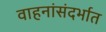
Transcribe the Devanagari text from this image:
वाहनांसंदर्भात